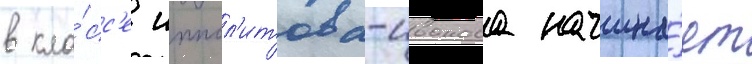
в кла́сс'е иппол'итова-иванова начина́ет